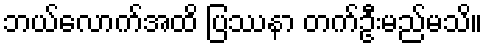
ဘယ်လောက်အထိ ပြဿနာ တက်ဦးမည်မသိ။